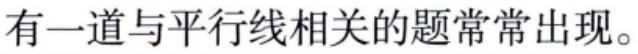
有一道与平行线相关的题常常出现。